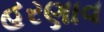
હરણાવ